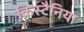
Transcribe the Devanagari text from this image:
क्रिस्टैनिया